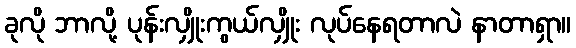
ခုလို ဘာလို့ ပုန်းလျှိုးကွယ်လျှိုး လုပ်နေရတာလဲ နာတာရှာ။